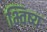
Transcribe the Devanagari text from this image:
भ्विष्य